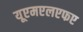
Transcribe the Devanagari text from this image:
यूएमएलएफए